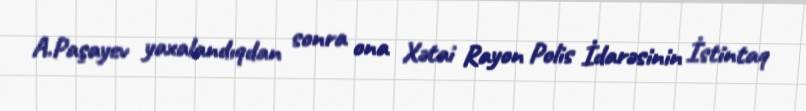
A.Paşayev yaxalandıqdan sonra ona Xətai Rayon Polis İdarəsinin İstintaq